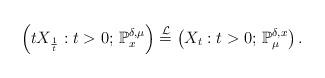
LaTeX: \begin{align*}\left(tX_\frac{1}{t}:t>0;\,\mathbb{P}_x^{\delta,\mu}\right)\stackrel{\mathcal{L}}{=}\left(X_t:t>0;\,\mathbb{P}_\mu^{\delta,x}\right).\end{align*}